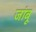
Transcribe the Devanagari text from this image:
जांबू